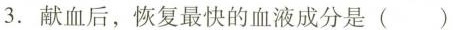
3.献血后，恢复最快的血液成分是( )